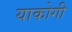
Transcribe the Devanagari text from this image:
याकोगी